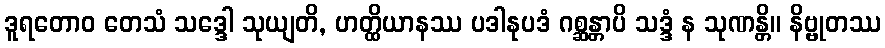
ဒူရတောဝ တေသံ သဒ္ဒေါ သုယျတိ, ဟတ္ထိယာနဿ ပဒါနုပဒံ ဂစ္ဆန္တာပိ သဒ္ဒံ န သုဏန္တိ။ နိဗ္ဗုတဿ